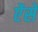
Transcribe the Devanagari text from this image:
ऐंसे